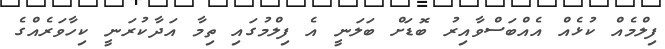
ފިލްމެއް ކުޅެއް އެއްބަސްވާއިރު ބޮޑަށް ބަލަނީ އެ ފިލްމުގައި ތިމާ އަދާކުރަނީ ކިހާވަރެއްގެ